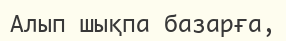
Алып шықпа базарға,